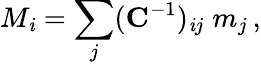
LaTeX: M_{\mathit{i}}=\sum_{j}(\mathbf{{C}}^{-1})_{\mathit{i}j}\; m_{j}\, ,